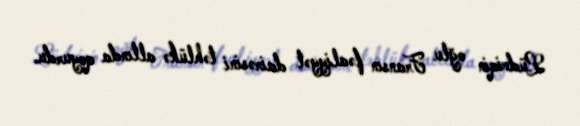
Lüdviqin oğlu Fransın fəaliyyət dairəsini təhlükə altında qoyurdu.